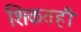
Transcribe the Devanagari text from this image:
शिकतही